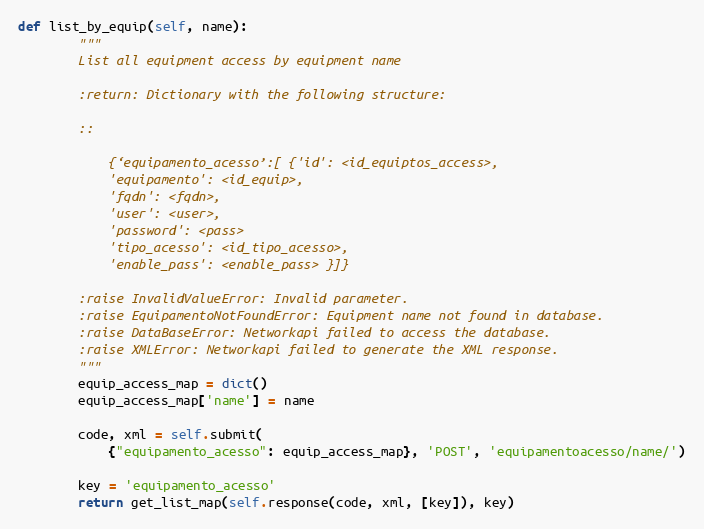
Language: Python
def list_by_equip(self, name):
        """
        List all equipment access by equipment name

        :return: Dictionary with the following structure:

        ::

            {‘equipamento_acesso’:[ {'id': <id_equiptos_access>,
            'equipamento': <id_equip>,
            'fqdn': <fqdn>,
            'user': <user>,
            'password': <pass>
            'tipo_acesso': <id_tipo_acesso>,
            'enable_pass': <enable_pass> }]}

        :raise InvalidValueError: Invalid parameter.
        :raise EquipamentoNotFoundError: Equipment name not found in database.
        :raise DataBaseError: Networkapi failed to access the database.
        :raise XMLError: Networkapi failed to generate the XML response.
        """
        equip_access_map = dict()
        equip_access_map['name'] = name

        code, xml = self.submit(
            {"equipamento_acesso": equip_access_map}, 'POST', 'equipamentoacesso/name/')

        key = 'equipamento_acesso'
        return get_list_map(self.response(code, xml, [key]), key)